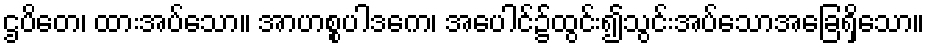
ဌပိတေ၊ ထားအပ်သော။ အာဟစ္စပါဒကေ၊ အပေါင်၌ထွင်း၍သွင်းအပ်သောအခြေရှိသော။